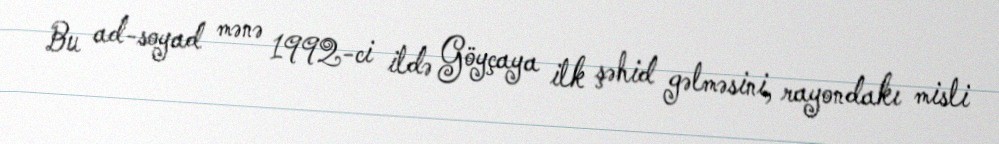
Bu ad-soyad mənə 1992-ci ildə Göyçaya ilk şəhid gəlməsini, rayondakı misli